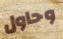
وحاول